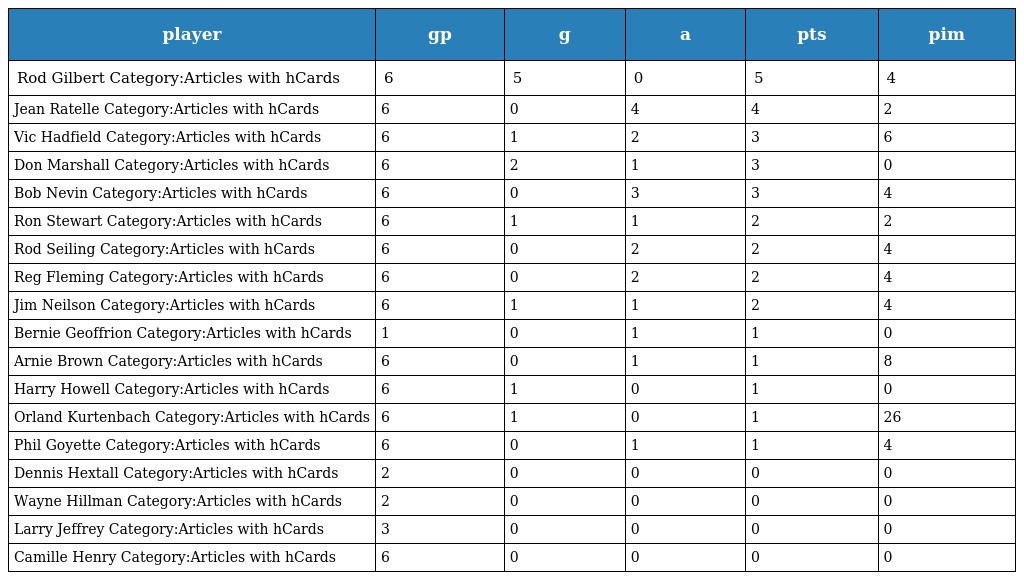
| player | gp | g | a | pts | pim |
 | --- | --- | --- | --- | --- | --- |
 | Rod Gilbert Category:Articles with hCards | 6 | 5 | 0 | 5 | 4 |
 | Jean Ratelle Category:Articles with hCards | 6 | 0 | 4 | 4 | 2 |
 | Vic Hadfield Category:Articles with hCards | 6 | 1 | 2 | 3 | 6 |
 | Don Marshall Category:Articles with hCards | 6 | 2 | 1 | 3 | 0 |
 | Bob Nevin Category:Articles with hCards | 6 | 0 | 3 | 3 | 4 |
 | Ron Stewart Category:Articles with hCards | 6 | 1 | 1 | 2 | 2 |
 | Rod Seiling Category:Articles with hCards | 6 | 0 | 2 | 2 | 4 |
 | Reg Fleming Category:Articles with hCards | 6 | 0 | 2 | 2 | 4 |
 | Jim Neilson Category:Articles with hCards | 6 | 1 | 1 | 2 | 4 |
 | Bernie Geoffrion Category:Articles with hCards | 1 | 0 | 1 | 1 | 0 |
 | Arnie Brown Category:Articles with hCards | 6 | 0 | 1 | 1 | 8 |
 | Harry Howell Category:Articles with hCards | 6 | 1 | 0 | 1 | 0 |
 | Orland Kurtenbach Category:Articles with hCards | 6 | 1 | 0 | 1 | 26 |
 | Phil Goyette Category:Articles with hCards | 6 | 0 | 1 | 1 | 4 |
 | Dennis Hextall Category:Articles with hCards | 2 | 0 | 0 | 0 | 0 |
 | Wayne Hillman Category:Articles with hCards | 2 | 0 | 0 | 0 | 0 |
 | Larry Jeffrey Category:Articles with hCards | 3 | 0 | 0 | 0 | 0 |
 | Camille Henry Category:Articles with hCards | 6 | 0 | 0 | 0 | 0 |